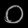
Digit: ၀